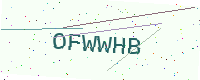
Text: OFWWHB